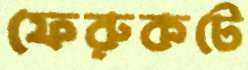
ফেরুকটে